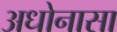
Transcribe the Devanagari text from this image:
अधोनासा